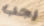
يجب